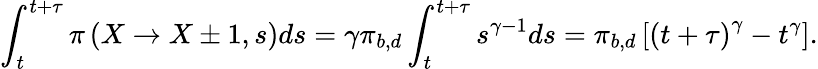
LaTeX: \int_{t}^{t+\tau}\pi\left(X\rightarrow X\pm 1,s\right)ds=\gamma\pi_{b,d}\int_{t}^{t+\tau}s^{\gamma-1}ds=\pi_{b,d}\left[\left(t+\tau\right)^{\gamma}-t^{\gamma}\right].